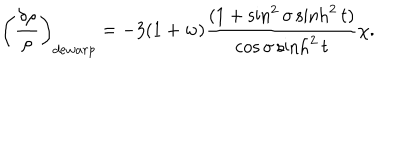
\left( \frac { \delta \rho } { \rho } \right) _ { d e w a r p } = - 3 ( 1 + w ) \frac { ( 1 + \sin ^ { 2 } \sigma \sinh ^ { 2 } t ) } { \cos \sigma \sinh ^ { 2 } t } \chi .